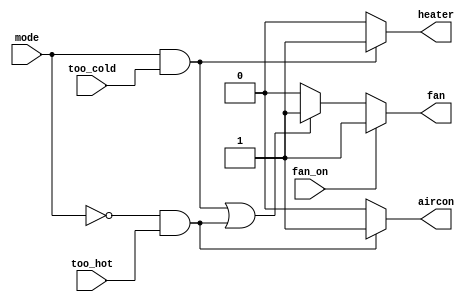
module top_module (
    input too_cold,
    input too_hot,
    input mode,
    input fan_on,
    output heater,
    output aircon,
    output fan
); 
//
assign heater = (mode == 1 && too_cold == 1) ? 1 : 0;
assign aircon = (mode == 0 && too_hot == 1) ? 1 : 0;
assign fan = fan_on == 1 ? 1 :((too_cold == 1 && mode == 1) | (too_hot == 1 && mode == 0)) ? 1 : 0;
endmodule